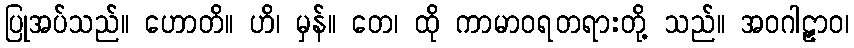
ပြုအပ်သည်။ ဟောတိ။ ဟိ၊ မှန်။ တေ၊ ထို ကာမာဝရတရားတို့ သည်။ အဝဂါဠှာဝ၊